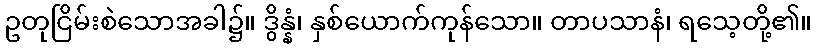
ဥတုငြိမ်းစဲသောအခါ၌။ ဒွိန္နံ၊ နှစ်ယောက်ကုန်သော။ တာပသာနံ၊ ရသေ့တို့၏။